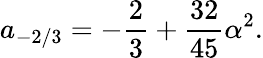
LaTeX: a_{-2/3}=-\frac{2}{3}+\frac{32}{45}\alpha^{2}.